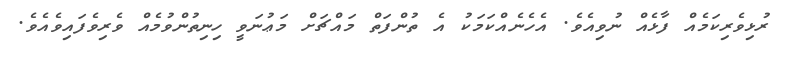
ރުޅިވެރިކަމެއް ފާޅެއް ނުވިއެވެ. އެހެނެއްކަމަކު އެ ތުންފަތް މައްޗަށް މަޢުނަވީ ހިނިތުންވުމެއް ވެރިވެފައިވެއެވެ.